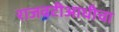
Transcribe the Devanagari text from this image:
राजवटीआधीचा